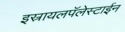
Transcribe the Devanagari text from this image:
इस्रायलपॅलेस्टाईन